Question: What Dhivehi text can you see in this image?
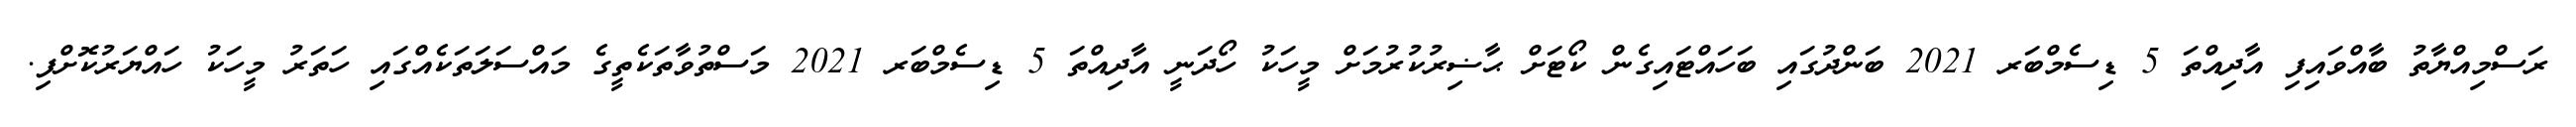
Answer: ރަސްމިއްޔާތު ބާއްވައިފި އާދިއްތަ 5 ޑިސެމްބަރ 2021 ބަންދުގައި ބަހައްޓައިގެން ކޯޓަށް ޙާޟިރުކުރުމަށް މީހަކު ހޯދަނީ އާދިއްތަ 5 ޑިސެމްބަރ 2021 މަސްތުވާތަކެތީގެ މައްސަލަތަކެއްގައި ހަތަރު މީހަކު ހައްޔަރުކޮށްފި.